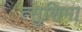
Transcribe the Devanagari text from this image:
त्सुशिमा